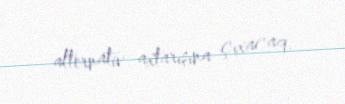
alternativ axtarışına çıxacaq.